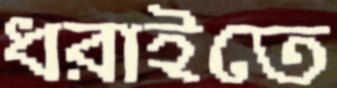
ধরাইতে